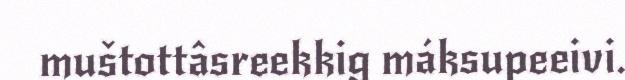
muštottâsreekkig máksupeeivi.